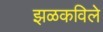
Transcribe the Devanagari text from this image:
झळकविले